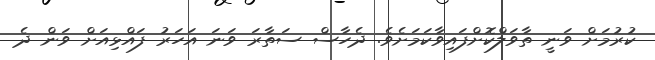
ކުރުމަށް ވަނީ ތާވަލްކޮށްފައިވާކަމަށެވެ. ދެހާސް ސަތާރަ ވަނަ އަހަރު ފައްޅިއަށް ވަން ދެ